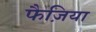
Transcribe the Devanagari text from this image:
फैज़िया